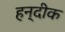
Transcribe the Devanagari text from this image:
हन्दीक